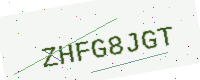
Text: ZHFG8JGT